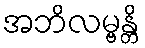
အဘိလမ္ဗန္တိ